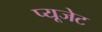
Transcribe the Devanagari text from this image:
प्यूजेट